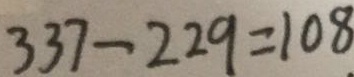
3 3 7 - 2 2 9 = 1 0 8